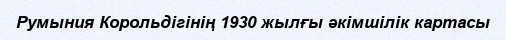
Румыния Корольдігінің 1930 жылғы әкімшілік картасы